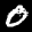
Label: 0